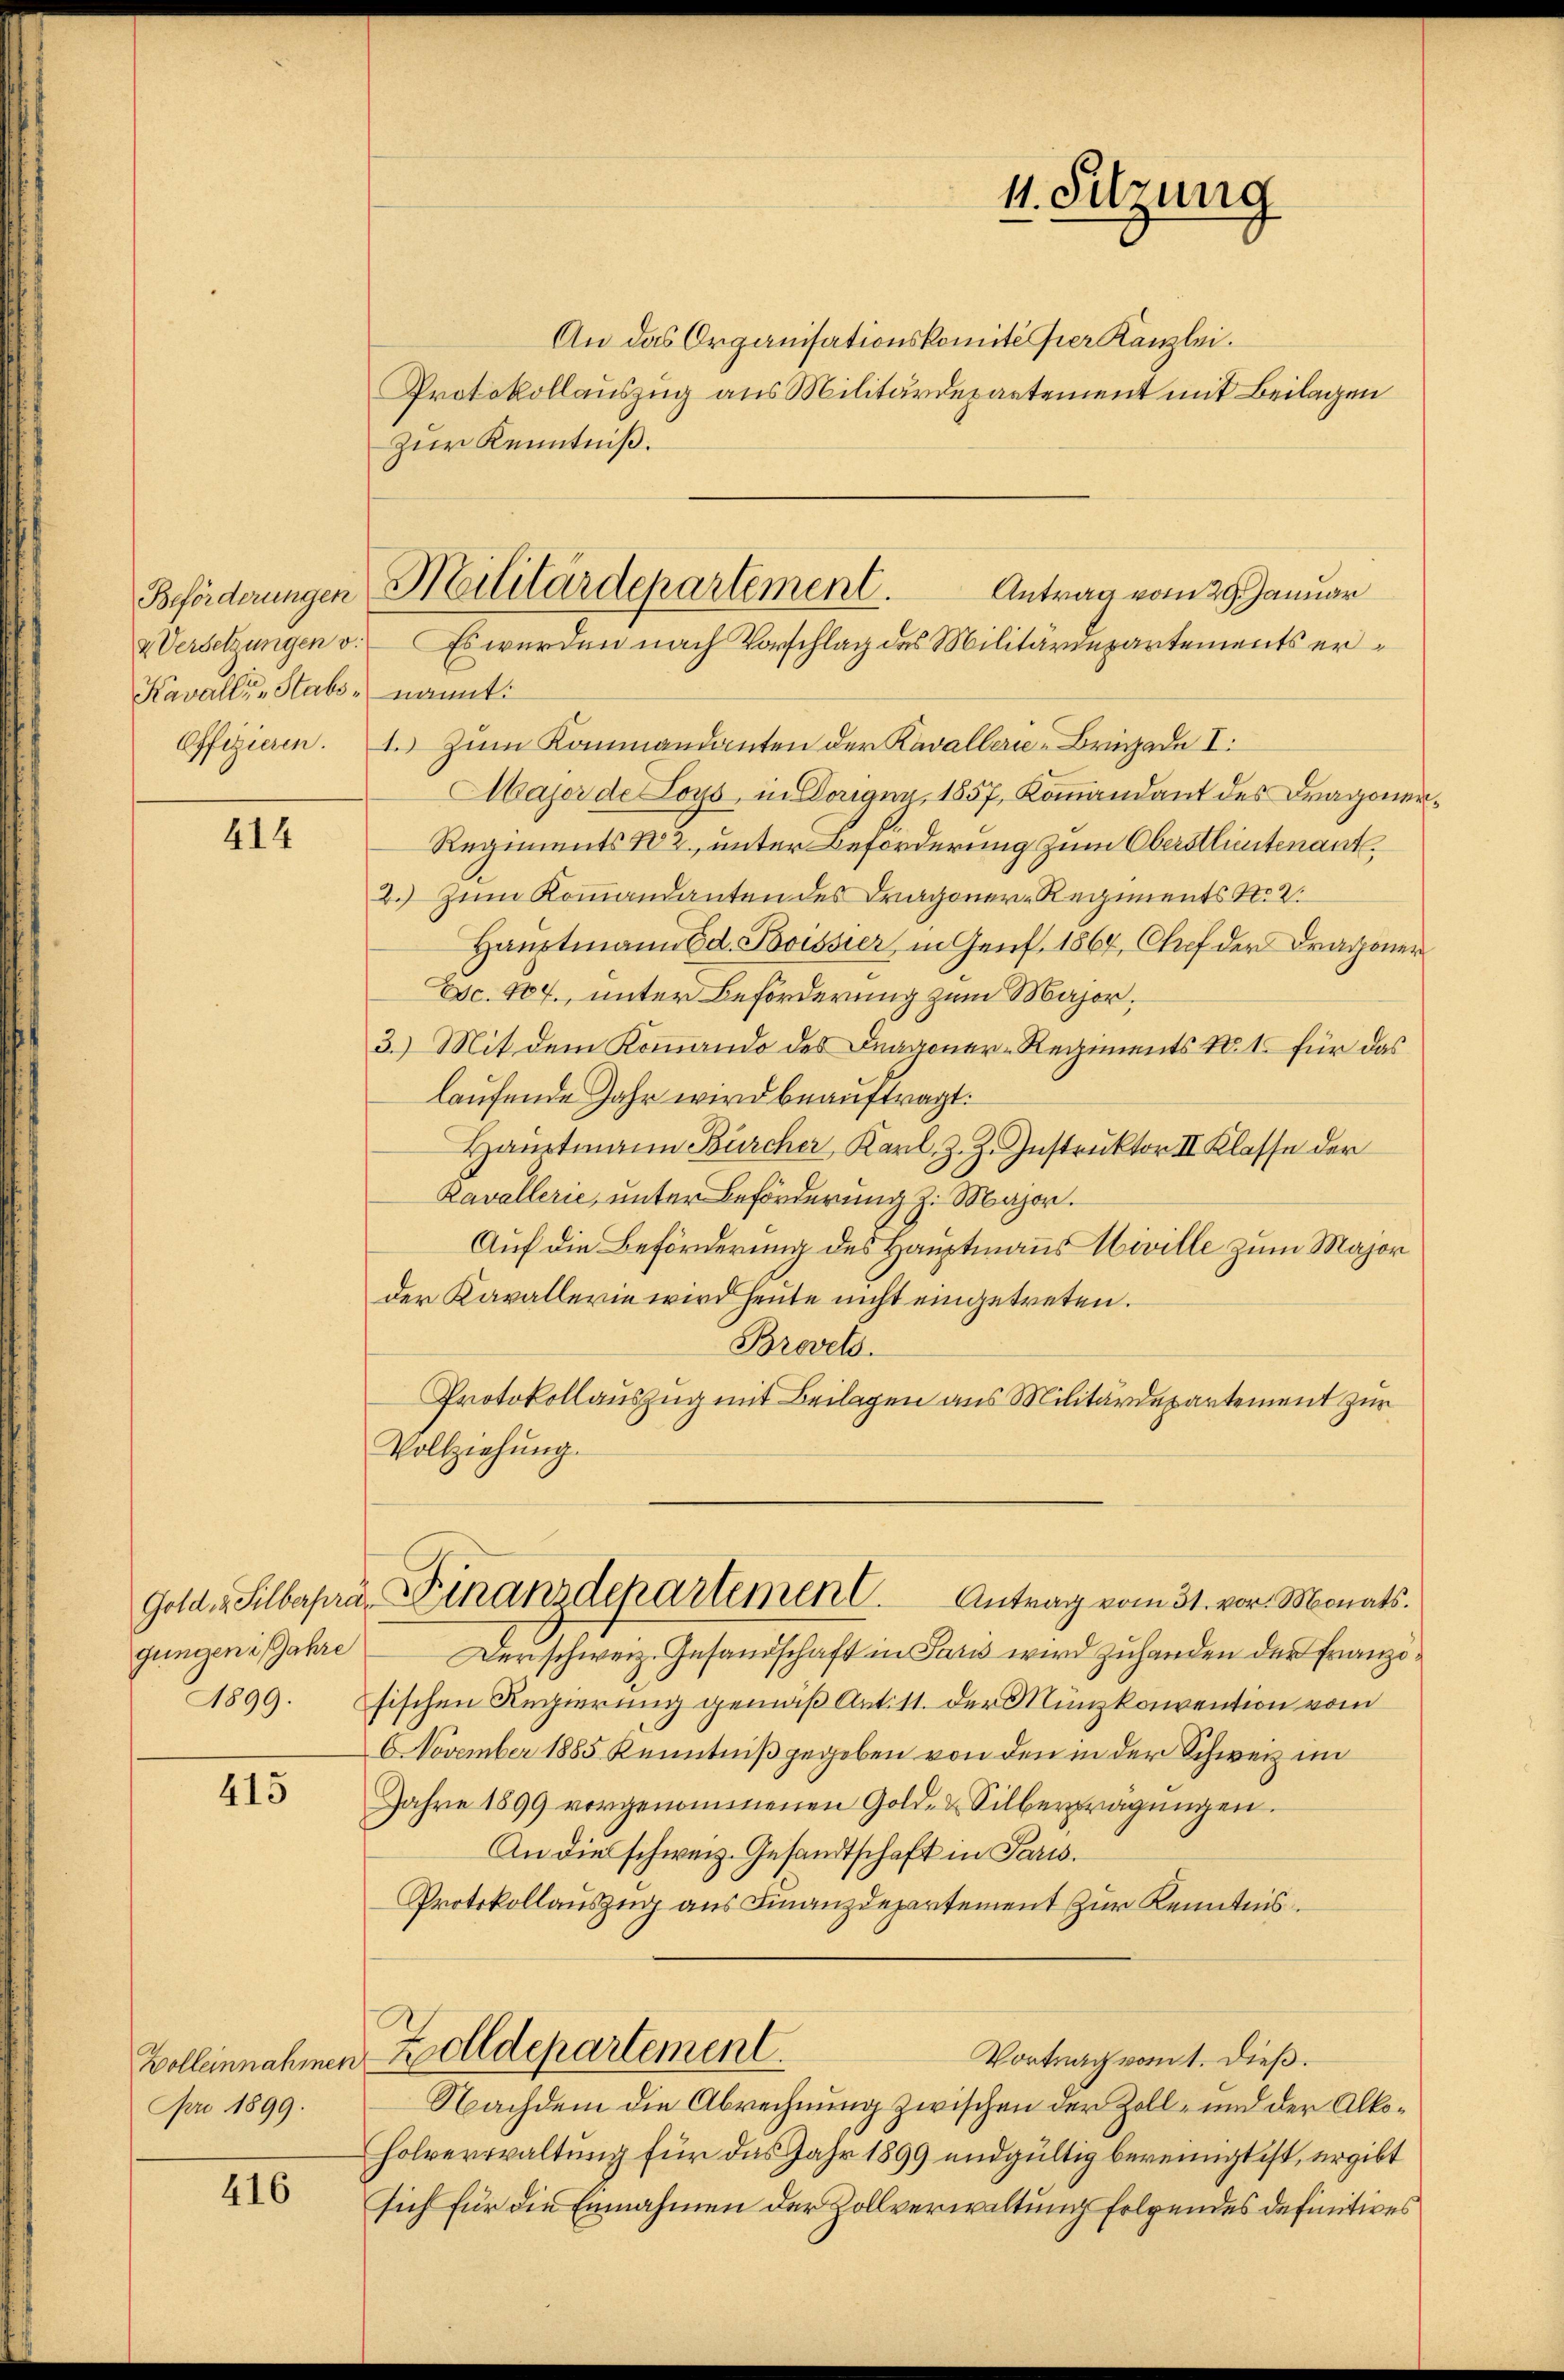
Kavalle Stabs - nannt:

414

Gold & Silberpra
gungen Jahre
1899.

415

Wolleinnahmen
Nro 1899.

416

Antrag vom 29. Januar
Beförderungen Malitärdepartement.
& Versetzungen v. Es wurden nach Vorschlag des Militärdepartements er¬

An das Organisationskomité per Kanzlei.
Protokollauszug aus Militärdepartement mit Beilagen
Zur Kenntniß.
Offizieren. 1. Zum Kommandanten der Kavallerie-Brigade I
Major de Loys, in Dorigny, 1857, Kommandant des Dragoner¬
Regiments 102, unter Beforderung zum Oberstlieutenant
2.) Zum Kommandanten des Dragoner-Regiments No 2.
Haŭptmann Ed. Boissier, in Genf. 1864, Chef der Dragoner
Esc. 407., unter Beförderung zum Major¬
3.) Mit dem Kommando des Dragoner-Regiments Nr. 1 für das
laufende Jahr wird beauftragt.
Hauptmann Bürcher, Karl. Z. Z. Instruktor II Klasse der
Ravallerie, unter Beförderung z. Major.
Auf die Beförderung des Hauptmanns Hiville zum Major
der Kavallerin wird heute nicht eingetreten.
Brovets.
Protokollauszug mit Beilagen aus Militärdepartement zur
Vollziehung.

Finanzdepartemen Antrag vom 31. vor. Monats.

11. Sitzung

Der schweiz. Gesandschaft in Paris wird zuhanden der Franzosischen Regierung gemäß Art. 11. der Münzkonvention vom
NNovember 1885 Kenntniß gegeben von den in der Schweiz im
Jahre 1899 vorgenommenen Gold- & Silberpragŭngen.
An die schweiz. Gesandtschaft in Paris.
Protokollauszug aus Finanzdepartement zur Kenntnis
Zolldepartement.
Vortrag vom 1. Dieß.
Nachdem die Abrechnung zwischen der Zoll- und der Alko¬
Holverwaltung für das Jahr 1899 endgültig bereinigt ist, ergibt
sich für die Einnahmen der Zollverwaltung folgendes definitives